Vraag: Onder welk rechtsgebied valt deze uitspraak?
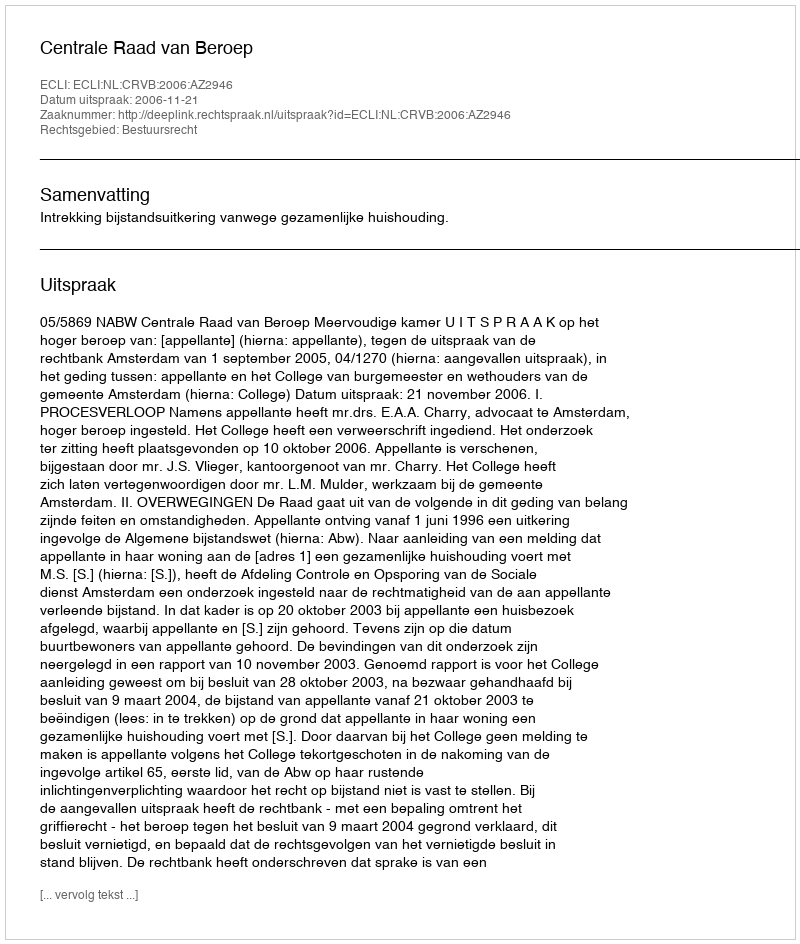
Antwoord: Bestuursrecht